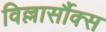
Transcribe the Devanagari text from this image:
विल्लार्सौक्स